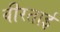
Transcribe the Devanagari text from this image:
वीरताई